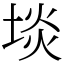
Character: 埮